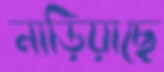
নাড়িয়াছে